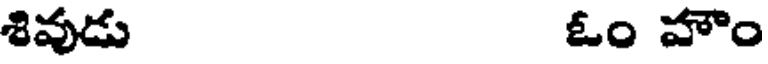
శివుడు ఓం హౌం